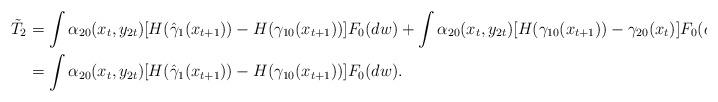
LaTeX: \begin{align*}\tilde{T}_{2} & =\int\alpha_{20}(x_{t},y_{2t})[H(\hat{\gamma}_{1}(x_{t+1}))-H(\gamma_{10}(x_{t+1}))]F_{0}(dw)+\int\alpha_{20}(x_{t},y_{2t})[H(\gamma_{10}(x_{t+1}))-\gamma_{20}(x_{t})]F_{0}(dw)\\& =\int\alpha_{20}(x_{t},y_{2t})[H(\hat{\gamma}_{1}(x_{t+1}))-H(\gamma_{10}(x_{t+1}))]F_{0}(dw).\end{align*}